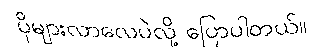
ပိုများလာလေပဲလို့ ပြောပါတယ်။